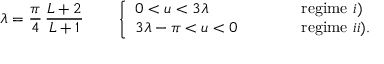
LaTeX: \lambda = \frac { \pi } { 4 } \, \frac { L + 2 } { L + 1 } \qquad \left\{ \begin{array} { l l l } { { 0 < u < 3 \lambda } } & { { \qquad } } & { { \mathrm { r e g i m e ~ } i ) } } \\ { { 3 \lambda - \pi < u < 0 } } & { { \qquad } } & { { \mathrm { r e g i m e ~ } i i ) . } } \end{array} \right.